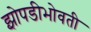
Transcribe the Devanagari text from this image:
झोपडीभोवती